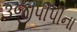
૩જીપીપીના